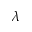
\lambda